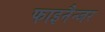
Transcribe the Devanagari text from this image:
फाइनैन्जर